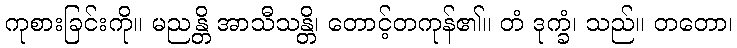
ကုစားခြင်းကို။ မညန္တိ အာသီသန္တိ၊ တောင့်တကုန်၏။ တံ ဒုက္ခံ၊ သည်။ တတော၊